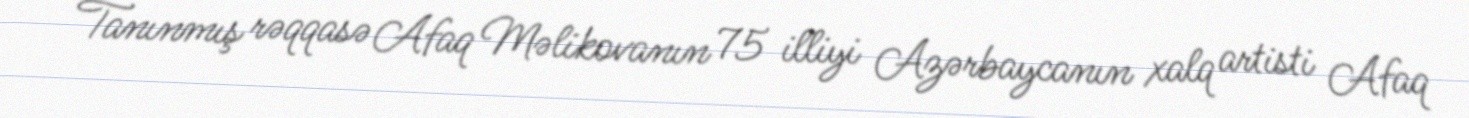
Tanınmış rəqqasə Afaq Məlikovanın 75 illiyi Azərbaycanın xalq artisti Afaq